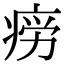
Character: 𭼎